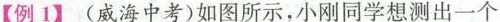
【例1】(威海中考)如图所示，小刚同学想测出一个